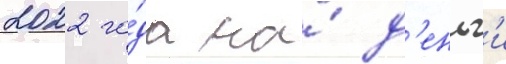
2022 го́да на́ д'еньг'и